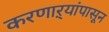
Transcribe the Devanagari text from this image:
करणाऱ्यांपासून